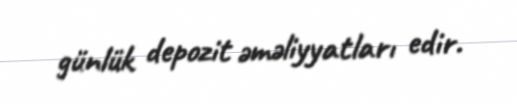
günlük depozit əməliyyatları edir.